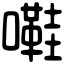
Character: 嚡